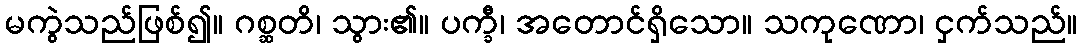
မကွဲသည်ဖြစ်၍။ ဂစ္ဆတိ၊ သွား၏။ ပက္ခီ၊ အတောင်ရှိသော။ သကုဏော၊ ငှက်သည်။